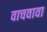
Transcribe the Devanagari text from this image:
वाचवावा